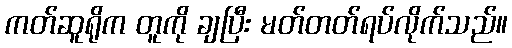
ကတ်ဆူရိုက တူကို ချပြီး မတ်တတ်ရပ်လိုက်သည်။